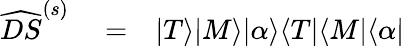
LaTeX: \begin{array}{rlr}{\widehat{DS}^{(s)}}&{{}=}&{|T\rangle|M\rangle|\alpha\rangle\langle T|\langle M|\langle\alpha|}\end{array}